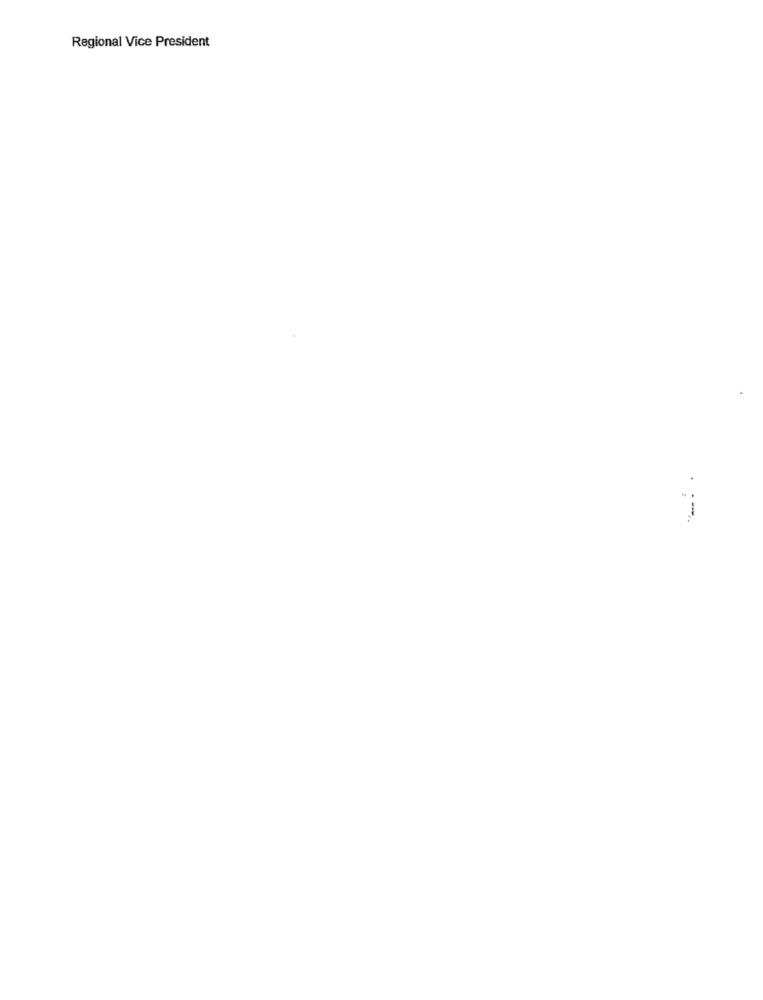
Regional Vice President